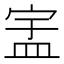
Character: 𬐞